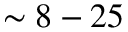
\sim 8 - 2 5